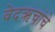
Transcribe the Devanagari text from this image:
वेदऋचांचे